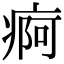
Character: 痾